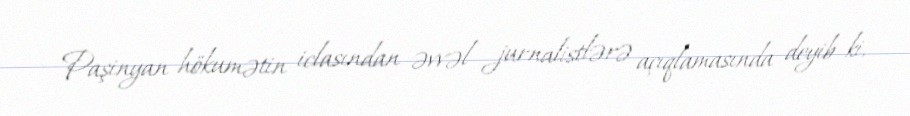
Paşinyan hökumətin iclasından əvvəl jurnalistlərə açıqlamasında deyib ki,